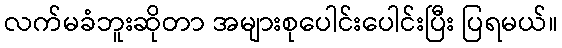
လက်မခံဘူးဆိုတာ အများစုပေါင်းပေါင်းပြီး ပြရမယ်။